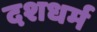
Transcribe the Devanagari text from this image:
दशधर्म